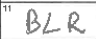
Transcription: BLR